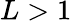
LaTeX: L>1